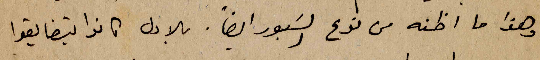
وهذا ما اظنه من نوع السَبور ايضاً. بالاول كانو يتضايقوا